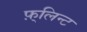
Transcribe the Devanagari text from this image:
फ़्लिन्ट